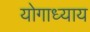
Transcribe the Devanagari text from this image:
योगाध्याय